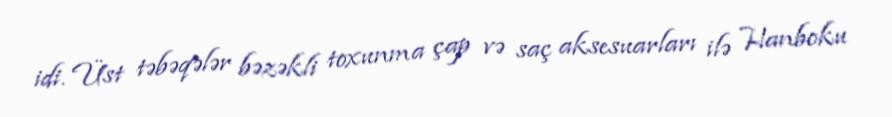
idi. Üst təbəqələr bəzəkli toxunma çap və saç aksesuarları ilə Hanboku